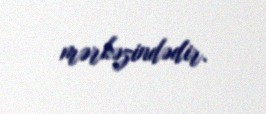
mərkəzindədir.